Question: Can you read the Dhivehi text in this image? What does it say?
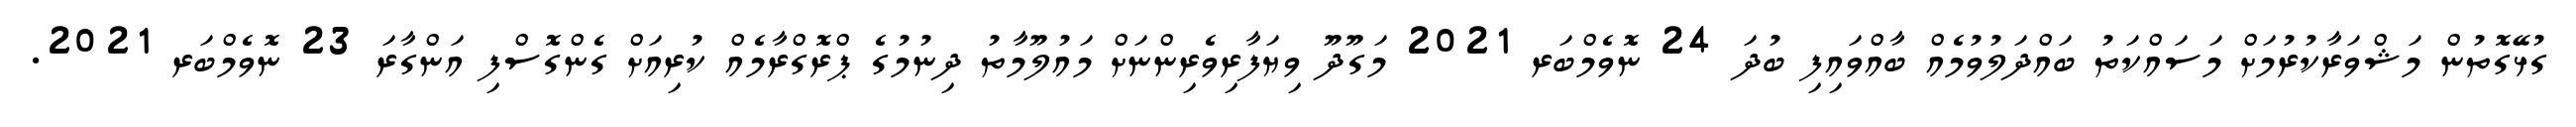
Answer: ގުޅޭގޮތުން މަޝްވަރާކުރުމަށް މަސައްކަތު ބައްދަލުވުމެއް ބާއްވައިފި ބުދަ 24 ނޮވެމްބަރ 2021 މަގޫދޫ ވިޔަފާރިވެރިންނަށް މައުލޫމާތު ދިނުމުގެ ޕްރޮގްރާމެއް ކުރިއަށް ގެންގޮސްފި އަންގާރަ 23 ނޮވެމްބަރ 2021.